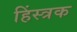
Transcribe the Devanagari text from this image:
हिंस्त्रक